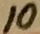
Text: 10